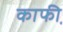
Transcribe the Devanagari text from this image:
काफी़